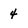
Character: 4